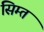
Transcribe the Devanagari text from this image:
सिम्त